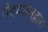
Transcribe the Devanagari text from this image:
वेदव्यासद्वारा